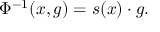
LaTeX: \Phi ^ { - 1 } ( x , g ) = s ( x ) \cdot g .